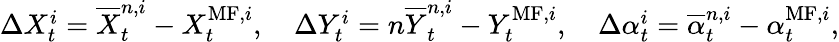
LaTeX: \begin{array}{r}{\Delta X_{t}^{i}=\overline{{X}}_{t}^{n,i}-X_{t}^{\mathrm{MF},i},\quad\Delta Y_{t}^{i}=n\overline{{Y}}_{t}^{n,i}-Y_{t}^{\mathrm{MF},i},\quad\Delta\alpha_{t}^{i}=\overline{{\alpha}}_{t}^{n,i}-\alpha_{t}^{\mathrm{MF},i},}\end{array}